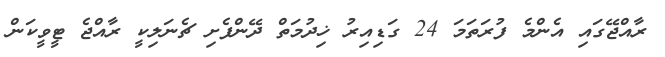
ރާއްޖޭގައި އެންމެ ފުރަތަމަ 24 ގަޑިއިރު ޚިދުމަތް ދޭންފެށި ޗެނަލިކީ ރާއްޖެ ޓީވީކަން